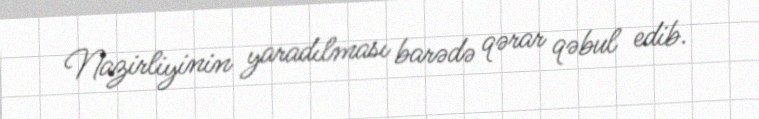
Nazirliyinin yaradılması barədə qərar qəbul edib.